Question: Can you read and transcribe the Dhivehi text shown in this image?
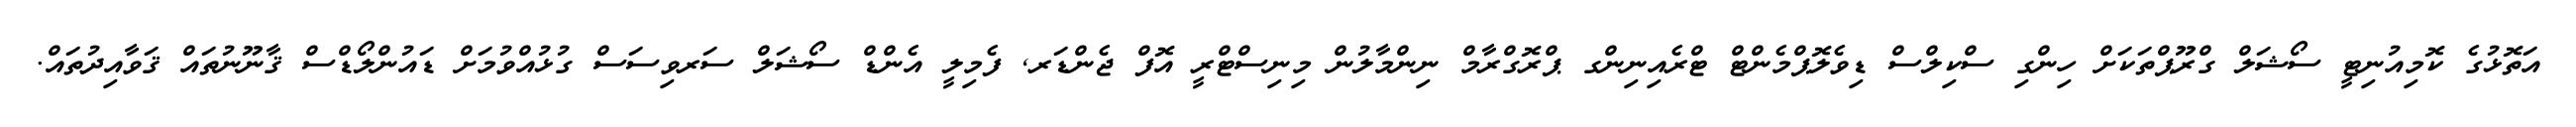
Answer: އަތޮޅުގެ ކޮމިއުނިޓީ ސޯޝަލް ގްރޫޕްތަކަށް ހިންގި ސްކިލްސް ޑިވެލޮޕްމެންޓް ޓްރެއިނިންގ ޕްރޮގްރާމް ނިންމާލުން މިނިސްޓްރީ އޮފް ޖެންޑަރ, ފެމިލީ އެންޑް ސޯޝަލް ސަރވިސަސް ގުޅުއްވުމަށް ޑައުންލޯޑްސް ޤާނޫނުތައް ޤަވާއިދުތައް.